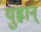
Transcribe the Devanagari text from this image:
युह्वान्